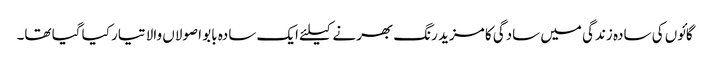
گائوں کی سادہ زندگی میں سادگی کا مزید رنگ بھرنے کیلئے ایک سادہ بابو اصولاں والا تیار کیا گیا تھا۔